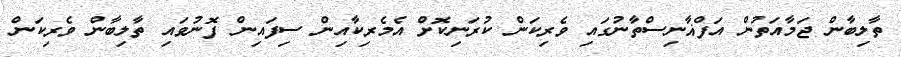
ތާލިބާން ޖަމާއަތުން އަފްޣާނިސްތާނުގައި ވެރިކަން ކުރަނިކޮށް އެމެރިކާއިން ސިފައިން ފޮނުވައި ތާލިބާން ވެރިކަން